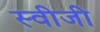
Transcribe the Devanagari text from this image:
स्वीजी